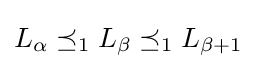
L_{\alpha }\preceq _{1}L_{\beta }\preceq _{1}L_{\beta +1}